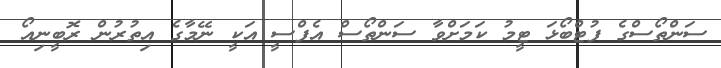
ސަންތޯސްގެ ފުޓްބޯޅަ ޓީމު ކަމަށްވާ ސަންތޯސް އެފްސީ އަކީ ނޭމާގެ އިތުރުން ރޮބީނިއޯ